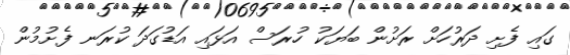
ގައި ފެށި ދަރުހަށް ރަށުން ބަޔަކު ހުރަސް އަޅައި އަޑުގަދަ ކުރަނ ފެށުމުން